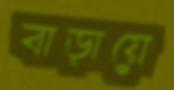
বাড়ায়ে